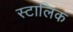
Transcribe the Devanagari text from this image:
स्टालिक